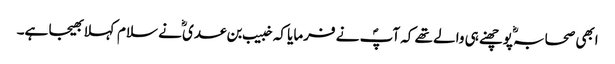
ابھی صحابہؓ پوچھنے ہی والے تھے کہ آپؐ نے فرمایا کہ خبیب بن عدی ؓنے سلام کہلا بھیجا ہے۔